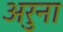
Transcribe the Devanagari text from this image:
अरुना